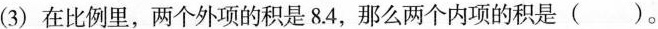
(3)在比例里，两个外项的积是8.4，那么两个内项的积是()。